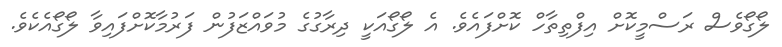
ލޯގޯވެސް ރަސްމީކޮށް އިފްތިތާހް ކޮށްފައެވެ. އެ ލޯގޯއަކީ ދިރާގުގެ މުވައްޒަފުން ފަރުމާކޮށްފައިވާ ލޯގޯއެކެވެ.